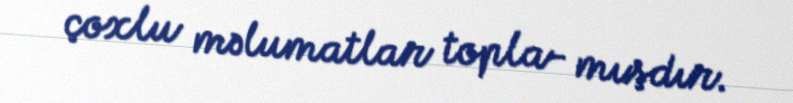
çoxlu məlumatlar topla- mışdır.